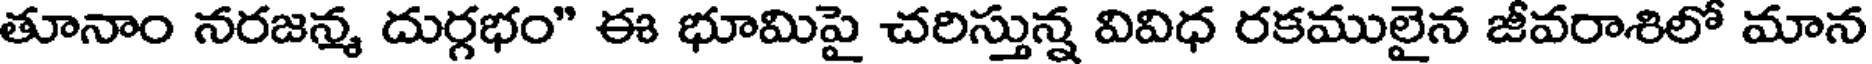
తూనాం నరజన్మ దుర్గభం" ఈ భూమిపై చరిస్తున్న వివిధ రకములైన జీవరాశిలో మాన